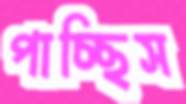
পাচ্ছিস